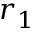
r _ { 1 }